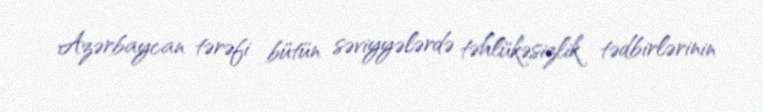
Azərbaycan tərəfi bütün səviyyələrdə təhlükəsizlik tədbirlərinin